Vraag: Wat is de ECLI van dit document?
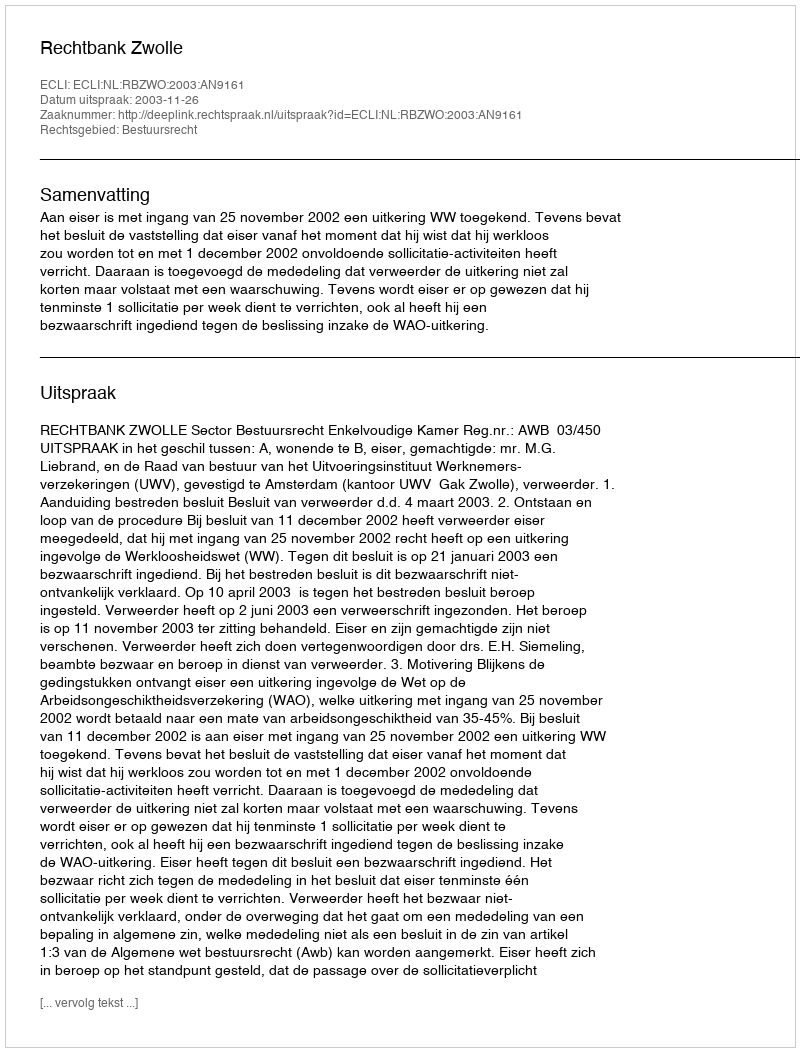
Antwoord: ECLI:NL:RBZWO:2003:AN9161